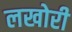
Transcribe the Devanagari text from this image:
लखोरी